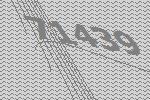
71439